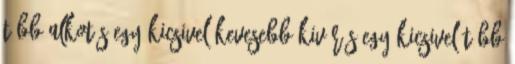
több alkotás Egy kicsivel kevesebb kivárás Egy kicsivel több